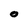
Character: O